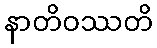
နာတိဝဿတိ